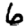
Digit: 6